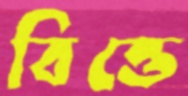
বিত্তে